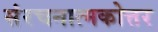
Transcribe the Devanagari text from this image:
संरचनात्मकोत्तर